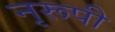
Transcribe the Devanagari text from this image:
नृरूपी